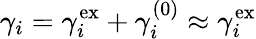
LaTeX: \gamma_{i}=\gamma_{i}^{\mathrm{ex}}+\gamma_{i}^{(0)}\approx\gamma_{i}^{\mathrm{ex}}